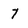
Character: 7